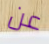
عن